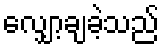
လျှော့ချခဲ့သည်